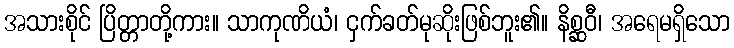
အသားစိုင် ပြိတ္တာတို့ကား။ သာကုဏိယံ၊ ငှက်ခတ်မုဆိုးဖြစ်ဘူး၏။ နိစ္ဆဝီ၊ အရေမရှိသော